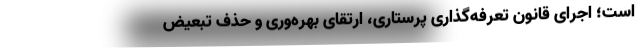
است؛ اجرای قانون تعرفه‌گذاری پرستاری، ارتقای بهره‌وری و حذف تبعیض